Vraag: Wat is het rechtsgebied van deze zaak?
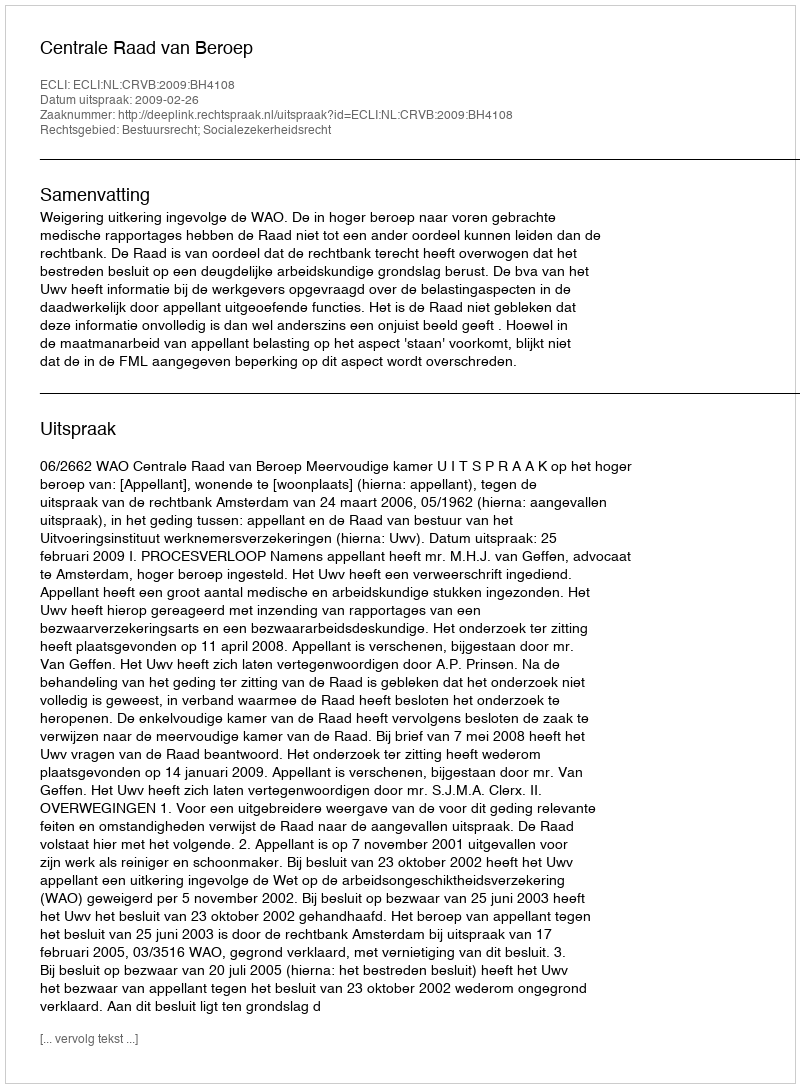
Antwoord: Bestuursrecht; Socialezekerheidsrecht